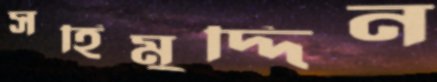
সহিমুদ্দিন